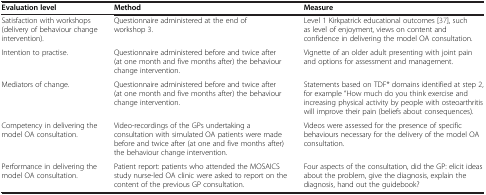
| Evaluation level | Method | Measure |
 | --- | --- | --- |
 | Satisfaction with workshops (delivery of behaviour change intervention). | Questionnaire administered at the end of workshop 3. | Level 1 Kirkpatrick educational outcomes [37], such as level of enjoyment, views on content and confidence in delivering the model OA consultation. |
 | Intention to practise. | Questionnaire administered before and twice after (at one month and five months after) the behaviour change intervention. | Vignette of an older adult presenting with joint pain and options for assessment and management. |
 | Mediators of change. | Questionnaire administered before and twice after (at one month and five months after) the behaviour change intervention. | Statements based on TDF* domains identified at step 2, for example “How much do you think exercise and increasing physical activity by people with osteoarthritis will improve their pain (beliefs about consequences). |
 | Competency in delivering the model OA consultation. | Video-recordings of the GPs undertaking a consultation with simulated OA patients were made before and twice after (at one and five months after) the behaviour change intervention. | Videos were assessed for the presence of specific behaviours necessary for the delivery of the model OA consultation. |
 | Performance in delivering the model OA consultation. | Patient report: patients who attended the MOSAICS study nurse-led OA clinic were asked to report on the content of the previous GP consultation. | Four aspects of the consultation, did the GP: elicit ideas about the problem, give the diagnosis, explain the diagnosis, hand out the guidebook? |